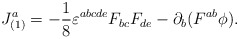
\begin{align*}J^a_{(1)}=-\frac{1}{8}\varepsilon^{abcde}F_{bc}F_{de}-\partial_b(F^{ab}\phi).\end{align*}